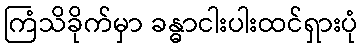
ကြံသိခိုက်မှာ ခန္ဓာငါးပါးထင်ရှားပုံ